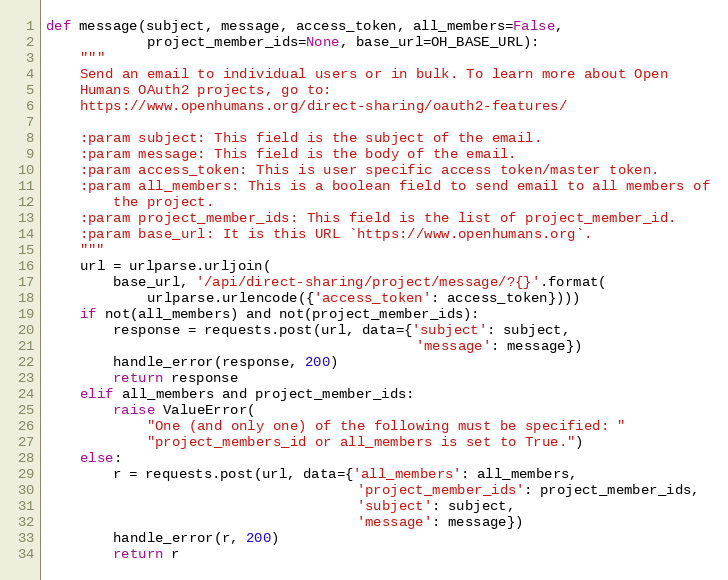
Language: Python
def message(subject, message, access_token, all_members=False,
            project_member_ids=None, base_url=OH_BASE_URL):
    """
    Send an email to individual users or in bulk. To learn more about Open
    Humans OAuth2 projects, go to:
    https://www.openhumans.org/direct-sharing/oauth2-features/

    :param subject: This field is the subject of the email.
    :param message: This field is the body of the email.
    :param access_token: This is user specific access token/master token.
    :param all_members: This is a boolean field to send email to all members of
        the project.
    :param project_member_ids: This field is the list of project_member_id.
    :param base_url: It is this URL `https://www.openhumans.org`.
    """
    url = urlparse.urljoin(
        base_url, '/api/direct-sharing/project/message/?{}'.format(
            urlparse.urlencode({'access_token': access_token})))
    if not(all_members) and not(project_member_ids):
        response = requests.post(url, data={'subject': subject,
                                            'message': message})
        handle_error(response, 200)
        return response
    elif all_members and project_member_ids:
        raise ValueError(
            "One (and only one) of the following must be specified: "
            "project_members_id or all_members is set to True.")
    else:
        r = requests.post(url, data={'all_members': all_members,
                                     'project_member_ids': project_member_ids,
                                     'subject': subject,
                                     'message': message})
        handle_error(r, 200)
        return r